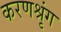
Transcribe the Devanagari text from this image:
करणश्रृंग